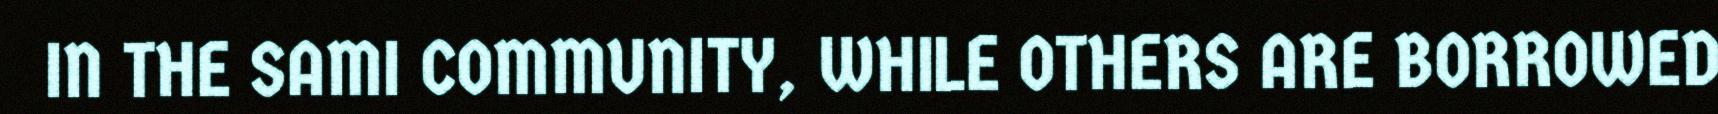
IN THE SAMI COMMUNITY, WHILE OTHERS ARE BORROWED